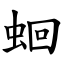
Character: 蛔